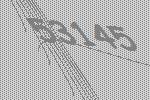
53145